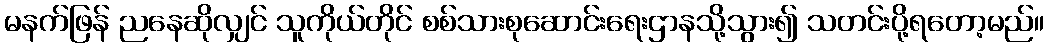
မနက်ဖြန် ညနေဆိုလျှင် သူကိုယ်တိုင် စစ်သားစုဆောင်းရေးဌာနသို့သွား၍ သတင်းပို့ရတော့မည်။